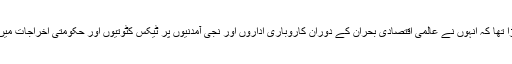
وزیر اعظم اور ان کی کنزرویٹو پارٹی نے اس بنیاد پر الیکشن لڑا تھا کہ انہوں نے عالمی اقتصادی بحران کے دوران کاروباری اداروں اور نجی آمدنیوں پر ٹیکس کٹوتیوں اور حکومتی اخراجات میں کفایت کے ذریعے کینیڈا کی معیشت کو متزلزل نہیں ہونے دیا۔